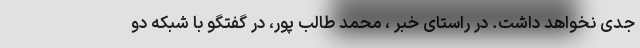
جدی نخواهد داشت. در راستای خبر ، محمد طالب پور، در گفتگو با شبکه دو